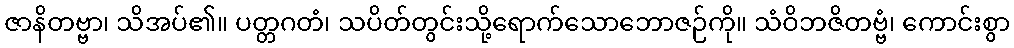
ဇာနိတဗ္ဗာ၊ သိအပ်၏။ ပတ္တဂတံ၊ သပိတ်တွင်းသို့ရောက်သောဘောဇဉ်ကို။ သံဝိဘဇိတဗ္ဗံ၊ ကောင်းစွာ